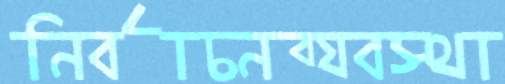
নির্বাচনব্যবস্থা